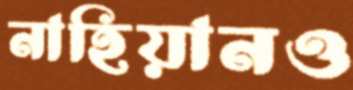
নাহিয়ানও